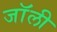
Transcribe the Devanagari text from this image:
जाॅली